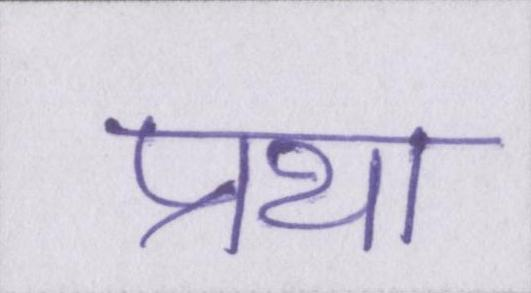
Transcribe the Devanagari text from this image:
प्रथा